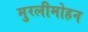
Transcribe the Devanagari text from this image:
मुरलीमोहन